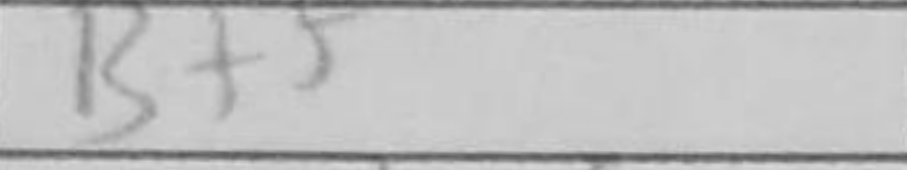
Transcription: Bf5